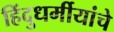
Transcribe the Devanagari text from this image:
हिंदुधर्मीयांचे